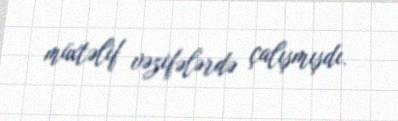
müxtəlif vəzifələrdə çalışmışdı.